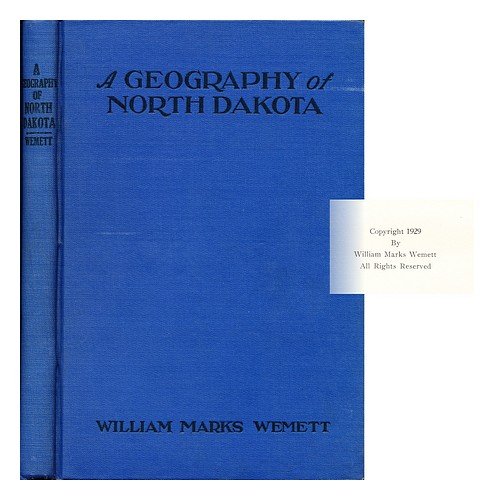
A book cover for A geography of North Dakota,; William Marks Wemett; Travel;